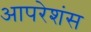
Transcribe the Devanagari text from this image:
आपरेशंस